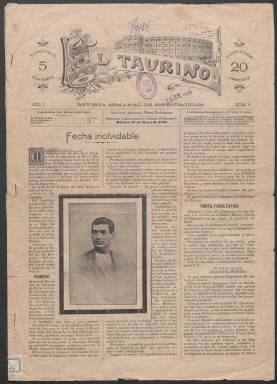
Título: El Taurino (Murcia)
Colección: Toros
Ámbito geográfico: Murcia
Lugar de publicación: Murcia
Fechas: 26/05/1895-07/07/1895